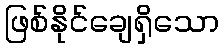
ဖြစ်နိုင်ချေရှိသော